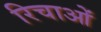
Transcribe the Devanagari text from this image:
रिचाओं